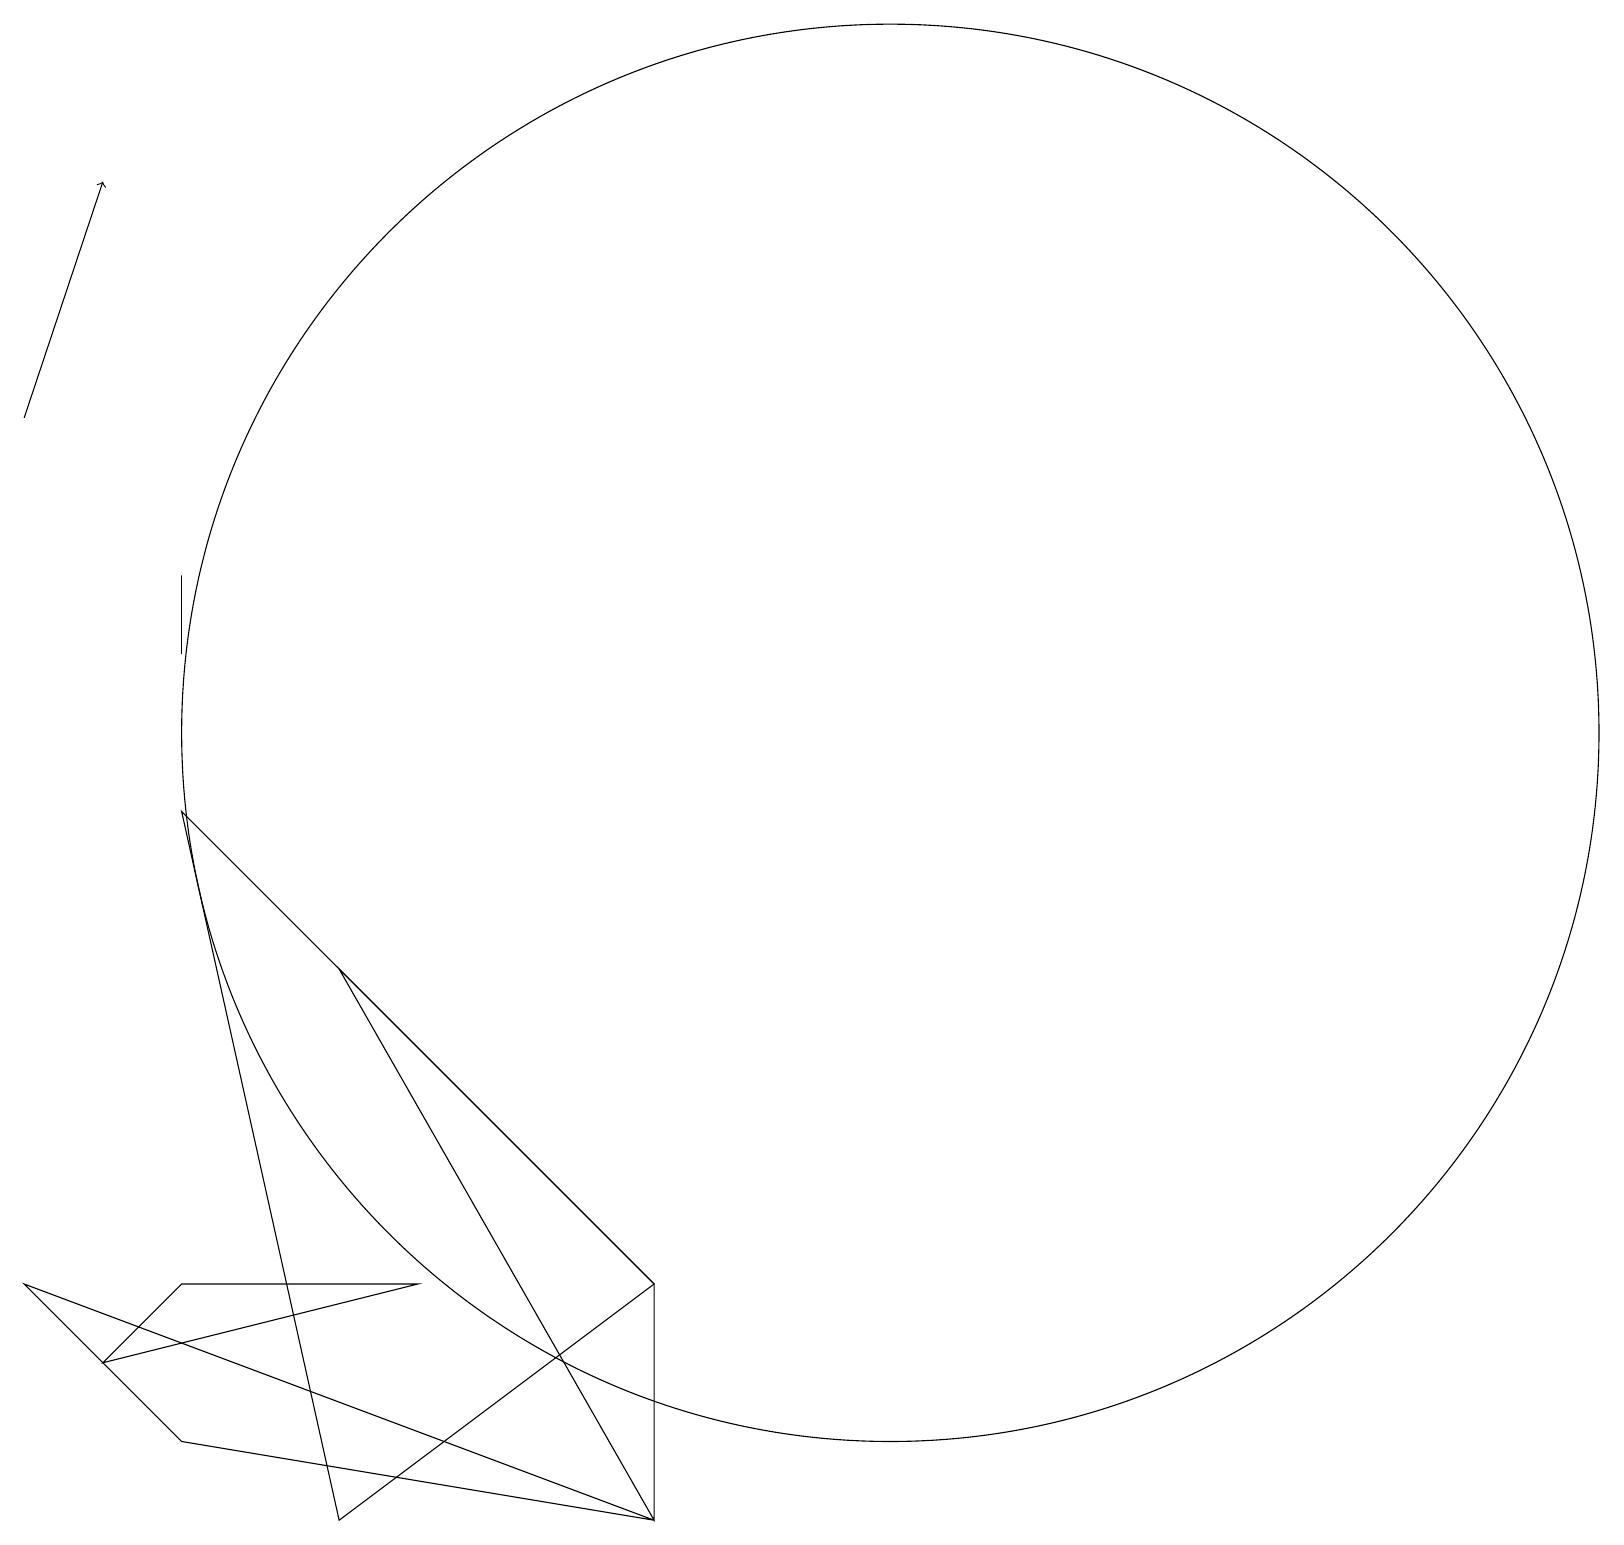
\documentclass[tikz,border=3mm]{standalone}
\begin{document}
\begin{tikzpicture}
\draw (3,12) rectangle (3,11);
\draw (9,3) -- (5,7) -- (9,0) -- cycle;
\draw (12,10) circle (9);
\draw (3,3) -- (6,3) -- (2,2) -- cycle;
\draw (9,3) -- (3,9) -- (5,0) -- cycle;
\draw[->] (1,14) -- (2,17);
\draw (1,3) -- (3,1) -- (9,0) -- cycle;
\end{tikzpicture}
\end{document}